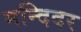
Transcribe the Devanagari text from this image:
मन्दिदर